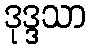
ဒုဒ္ဒသာ